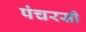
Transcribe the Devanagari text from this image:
पंचरसी